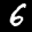
Label: 6